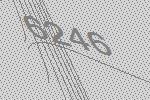
6246